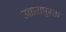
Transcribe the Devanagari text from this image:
उच्चारापुरता